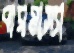
বারমাস্যা